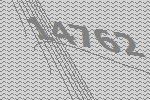
14762